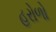
હરોળો